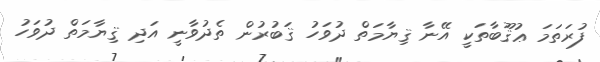
ފުރަތަމަ ޢުޤޫބާތަކީ އޭނާ ޤިޔާމަތް ދުވަހު ޤަބުރުން ތެދުވާނީ އަދި ޤިޔާމަތް ދުވަހު